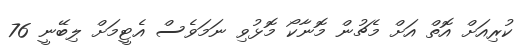
ކުރިއަށް އޮތް އަށް މެޗުން މޮނާކޯ މޮޅުވި ނަމަވެސް އެޓީމަށް ލިބޭނީ 76